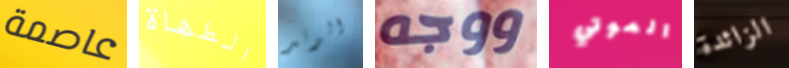
عاصمة الطهاة الوتد ووجه الموتي الزائدة